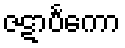
ဇဋာပင်္ကော